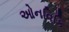
ઓનવિકિ